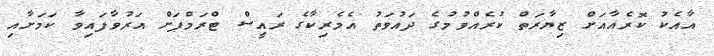
އާއެކު ކޮރެއާއަށް ޒިޔާރަތް ކުރެއްވުމުގެ ދައުވަތު އެމެރިކާގެ ރައީސް ޓްރަމްޕަށް އަރުވާފައިވާ ކަމަށާއި